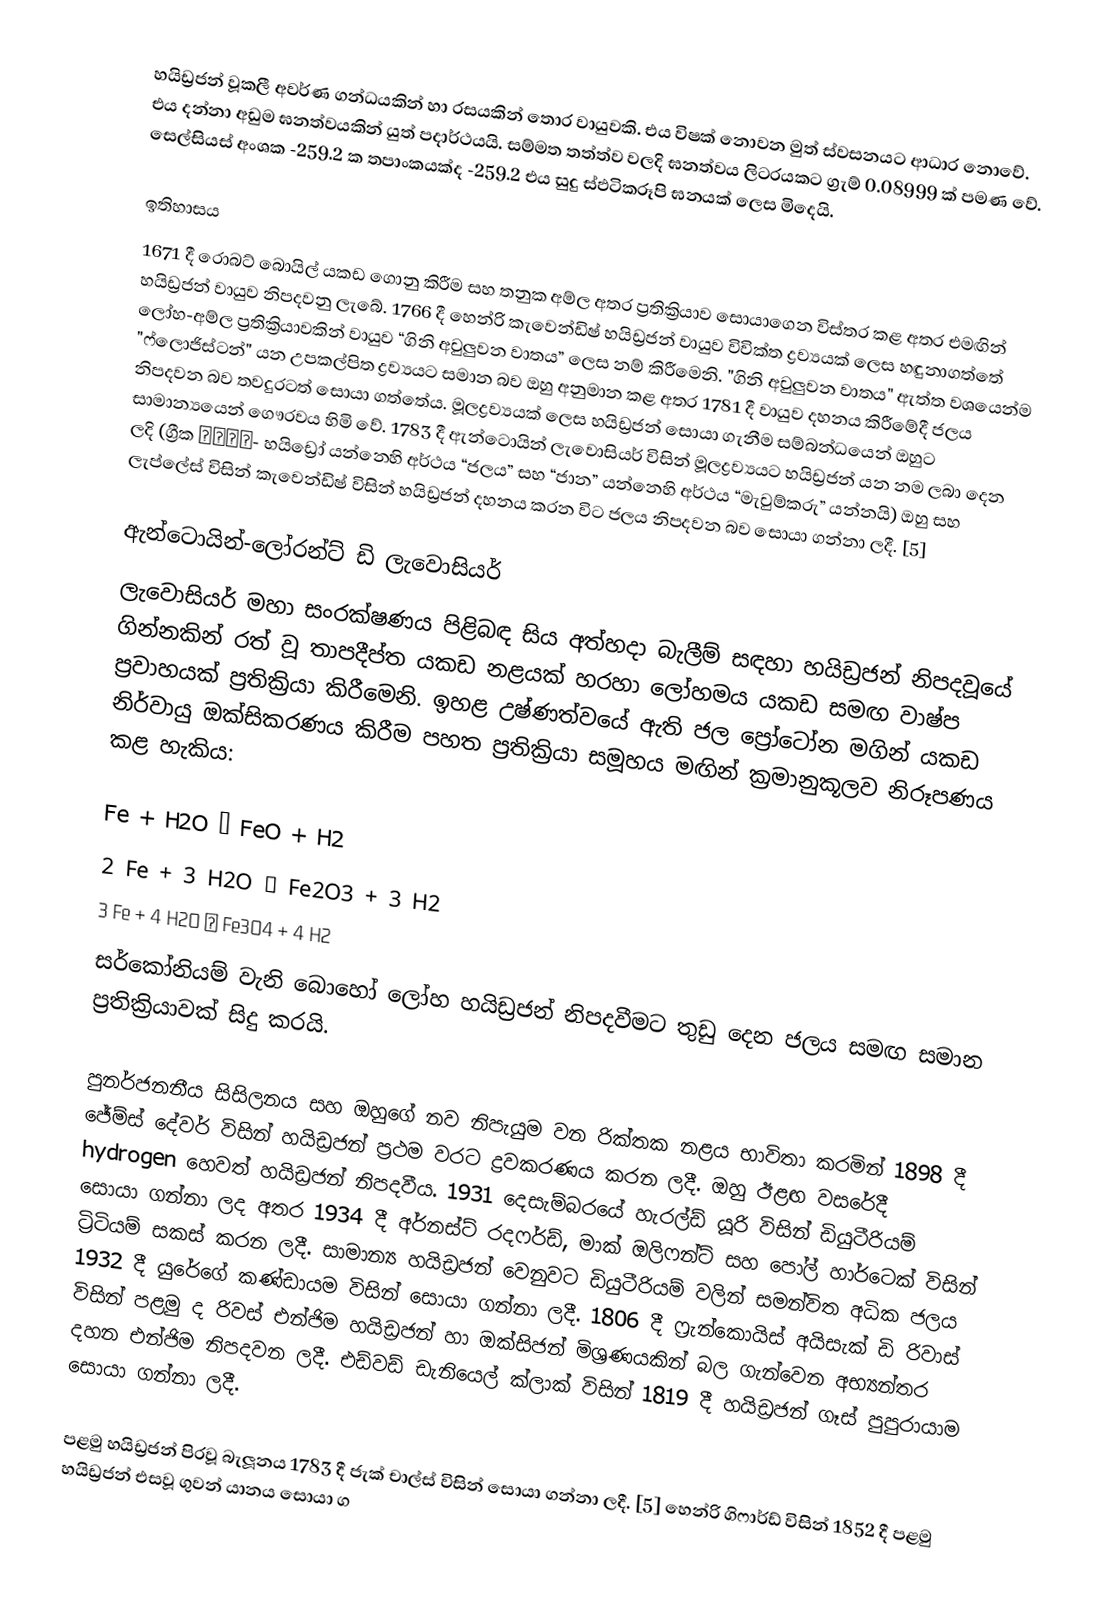
හයිඩ්‍රජන් වූකලී අවර්ණ ගන්ධයකින් හා රසයකින් තොර වායුවකි. එය විෂක් නොවන මුත් ස්වසනයට ආධාර නොවේ. එය දන්නා අඩුම ඝනත්වයකින් යුත් පදාර්ථයයි. සම්මත තත්ත්ව වලදි ඝනත්වය  ලිටරයකට ග්‍රැම් 0.08999 ක් පමණ වේ. සෙල්සියස් අංශක  -259.2 ක තපාංකයක්ද  -259.2 එය සුදු ස්ඵටිකරූපි  ඝනයක් ලෙස මිදෙයි.

ඉතිහාසය
1671 දී රොබට් බොයිල් යකඩ ගොනු කිරීම සහ තනුක අම්ල අතර ප්‍රතික්‍රියාව සොයාගෙන විස්තර කළ අතර එමඟින් හයිඩ්‍රජන් වායුව නිපදවනු ලැබේ. 1766 දී හෙන්රි කැවෙන්ඩිෂ් හයිඩ්‍රජන් වායුව විවික්ත ද්‍රව්‍යයක් ලෙස හඳුනාගත්තේ ලෝහ-අම්ල ප්‍රතික්‍රියාවකින් වායුව “ගිනි අවුලුවන වාතය” ලෙස නම් කිරීමෙනි. "ගිනි අවුලුවන වාතය" ඇත්ත වශයෙන්ම "ෆ්ලොජිස්ටන්" යන උපකල්පිත ද්‍රව්‍යයට සමාන බව ඔහු අනුමාන කළ අතර 1781 දී වායුව දහනය කිරීමේදී ජලය නිපදවන බව තවදුරටත් සොයා ගත්තේය. මූලද්‍රව්‍යයක් ලෙස හයිඩ්‍රජන් සොයා ගැනීම සම්බන්ධයෙන් ඔහුට සාමාන්‍යයෙන් ගෞරවය හිමි වේ. 1783 දී ඇන්ටොයින් ලැවොසියර් විසින් මූලද්‍රව්‍යයට හයිඩ්‍රජන් යන නම ලබා දෙන ලදි (ග්‍රීක ὑδρο- හයිඩ්‍රෝ යන්නෙහි අර්ථය “ජලය” සහ “ජාන” යන්නෙහි අර්ථය “මැවුම්කරු” යන්නයි) ඔහු සහ ලැප්ලේස් විසින් කැවෙන්ඩිෂ් විසින් හයිඩ්‍රජන් දහනය කරන විට ජලය නිපදවන බව සොයා ගන්නා ලදී. [5]

ඇන්ටොයින්-ලෝරන්ට් ඩි ලැවොසියර්
ලැවොසියර් මහා සංරක්ෂණය පිළිබඳ සිය අත්හදා බැලීම් සඳහා හයිඩ්‍රජන් නිපදවූයේ ගින්නකින් රත් වූ තාපදීප්ත යකඩ නළයක් හරහා ලෝහමය යකඩ සමඟ වාෂ්ප ප්‍රවාහයක් ප්‍රතික්‍රියා කිරීමෙනි. ඉහළ උෂ්ණත්වයේ ඇති ජල ප්‍රෝටෝන මගින් යකඩ නිර්වායු ඔක්සිකරණය කිරීම පහත ප්‍රතික්‍රියා සමූහය මඟින් ක්‍රමානුකූලව නිරූපණය කළ හැකිය:

   Fe + H2O → FeO + H2
2 Fe + 3 H2O → Fe2O3 + 3 H2
3 Fe + 4 H2O → Fe3O4 + 4 H2
සර්කෝනියම් වැනි බොහෝ ලෝහ හයිඩ්‍රජන් නිපදවීමට තුඩු දෙන ජලය සමඟ සමාන ප්‍රතික්‍රියාවක් සිදු කරයි.

පුනර්ජනනීය සිසිලනය සහ ඔහුගේ නව නිපැයුම වන රික්තක නළය භාවිතා කරමින් 1898 දී ජේම්ස් දේවර් විසින් හයිඩ්‍රජන් ප්‍රථම වරට ද්‍රවකරණය කරන ලදී. ඔහු ඊළඟ වසරේදී hydrogen හෙවත් හයිඩ්‍රජන් නිපදවීය. 1931 දෙසැම්බරයේ හැරල්ඩ් යූරි විසින් ඩියුටීරියම් සොයා ගන්නා ලද අතර 1934 දී අර්නස්ට් රදෆර්ඩ්, මාක් ඔලිෆන්ට් සහ පෝල් හාර්ටෙක් විසින් ට්‍රිටියම් සකස් කරන ලදී. සාමාන්‍ය හයිඩ්‍රජන් වෙනුවට ඩියුටීරියම් වලින් සමන්විත අධික ජලය 1932 දී යුරේගේ කණ්ඩායම විසින් සොයා ගන්නා ලදී. 1806 දී ෆ්‍රැන්කොයිස් අයිසැක් ඩි රිවාස් විසින් පළමු ද රිවස් එන්ජිම හයිඩ්‍රජන් හා ඔක්සිජන් මිශ්‍රණයකින් බල ගැන්වෙන අභ්‍යන්තර දහන එන්ජිම නිපදවන ලදී. එඩ්වඩ් ඩැනියෙල් ක්ලාක් විසින් 1819 දී හයිඩ්‍රජන් ගෑස් පුපුරායාම සොයා ගන්නා ලදී.

පළමු හයිඩ්‍රජන් පිරවූ බැලූනය 1783 දී ජැක් චාල්ස් විසින් සොයා ගන්නා ලදී. [5] හෙන්රි ගිෆාර්ඩ් විසින් 1852 දී පළමු හයිඩ්‍රජන් එසවූ ගුවන් යානය සොයා ග